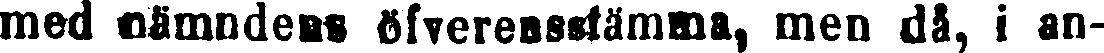
med nämndens öfverensstämma, men då, i an-